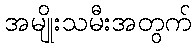
အမျိုးသမီးအတွက်